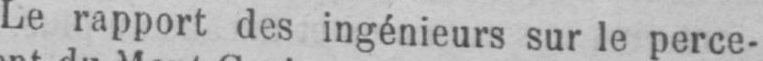
Lerapport des ingénieurs sur le perce-